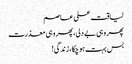
لیاقت علی عاصم
پھر وہی بے دلی، پھر وہی معذرت
بس بہت ہو چکا، زندگی!